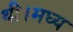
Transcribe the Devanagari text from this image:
थी।मध्य